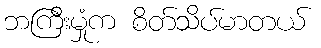
ဘကြီးမှုံက စိတ်သိပ်မာတယ်